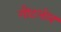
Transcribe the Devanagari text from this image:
गौटलोब